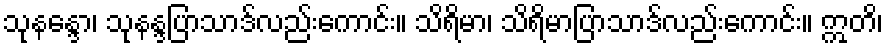
သုနန္ဒော၊ သုနန္ဒပြာသာဒ်လည်းကောင်း။ သိရိမာ၊ သိရိမာပြာသာဒ်လည်းကောင်း။ ဣတိ၊